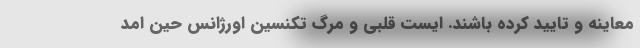
معاینه و تایید کرده باشند. ایست قلبی و مرگ تکنسین اورژانس حین امد